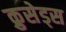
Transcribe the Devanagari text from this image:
क्रुसेड्स